Annual report on the Civil Veterinary Department, Burma (including the Insein Veterinary School) - 1932-1941
Year: 1932
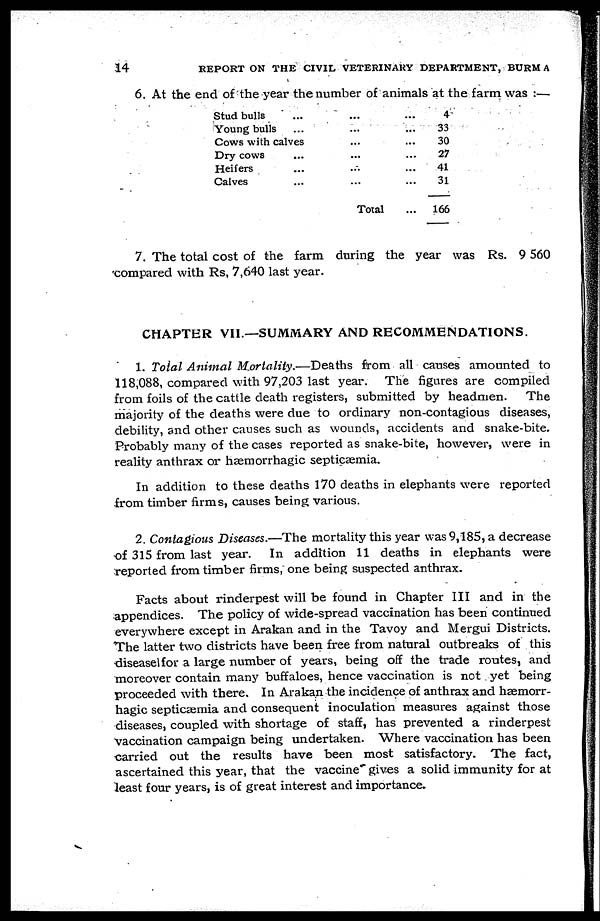
14
REPORT ON THE CIVIL VETERINARY DEPARTMENT, BURM A
6. At the end of the year the number of animals at the farm was :—
Stud bulls
Young bulls
...
...
Cows with calves
Dry cows
Heifers
Calves
...
...
...
...
...
...
...
...
...
Total
...
...
...
...
...
...
...
4
33
30
27
41
31
166
7. The total cost of the farm during the year was Rs. 9 560
compared with Rs, 7,640 last year.
CHAPTER VII—SUMMARY AND RECOMMENDATIONS.
1. Total Animal Mortality.—Deaths from all causes amounted to
118,088, compared with 97,203 last year. The figures are compiled
from foils of the cattle death registers, submitted by headmen.
The
majority of the deaths were due to ordinary non-contagious diseases,
debility, and other causes such as wounds, accidents and snake-bite.
Probably many of the cases reported as snake-bite, however, were in
reality anthrax or hæmorrhagic septicæmia.
In addition to these deaths 170 deaths in elephants were reported
from timber firms, causes being various.
2. Contagious Diseases.—The mortality this year was 9,185, a decrease
of 315 from last year. In addition 11 deaths in elephants were
reported from timber firms, one being suspected anthrax.
Facts about rinderpest will be found in Chapter III and in the
appendices. The policy of wide-spread vaccination has been continued
everywhere except in Arakan and in the Tavoy and Mergui Districts.
The latter two districts have been free from natural outbreaks of this
diseasel for a large number of years, being off the trade routes, and
moreover contain many buffaloes, hence vaccination is not yet being
proceeded with there. In Arakan the incidence of anthrax and hæmorrhagic s
diseases, coupled with shortage of staff, has prevented a rinderpest
vaccination campaign being undertaken. Where vaccination has been
carried out the results have been most satisfactory. The fact,
ascertained this year, that the vaccine gives a solid immunity for at
least four years, is of great interest and importance.